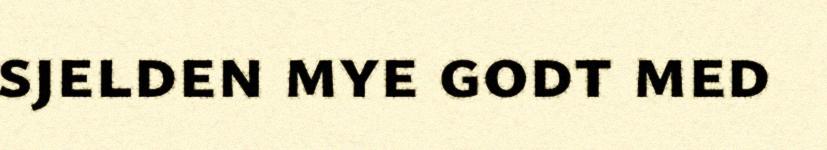
sjelden mye godt med